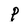
Character: P